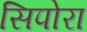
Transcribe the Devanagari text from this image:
सिपोरा